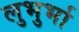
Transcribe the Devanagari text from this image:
लुभुर्भा